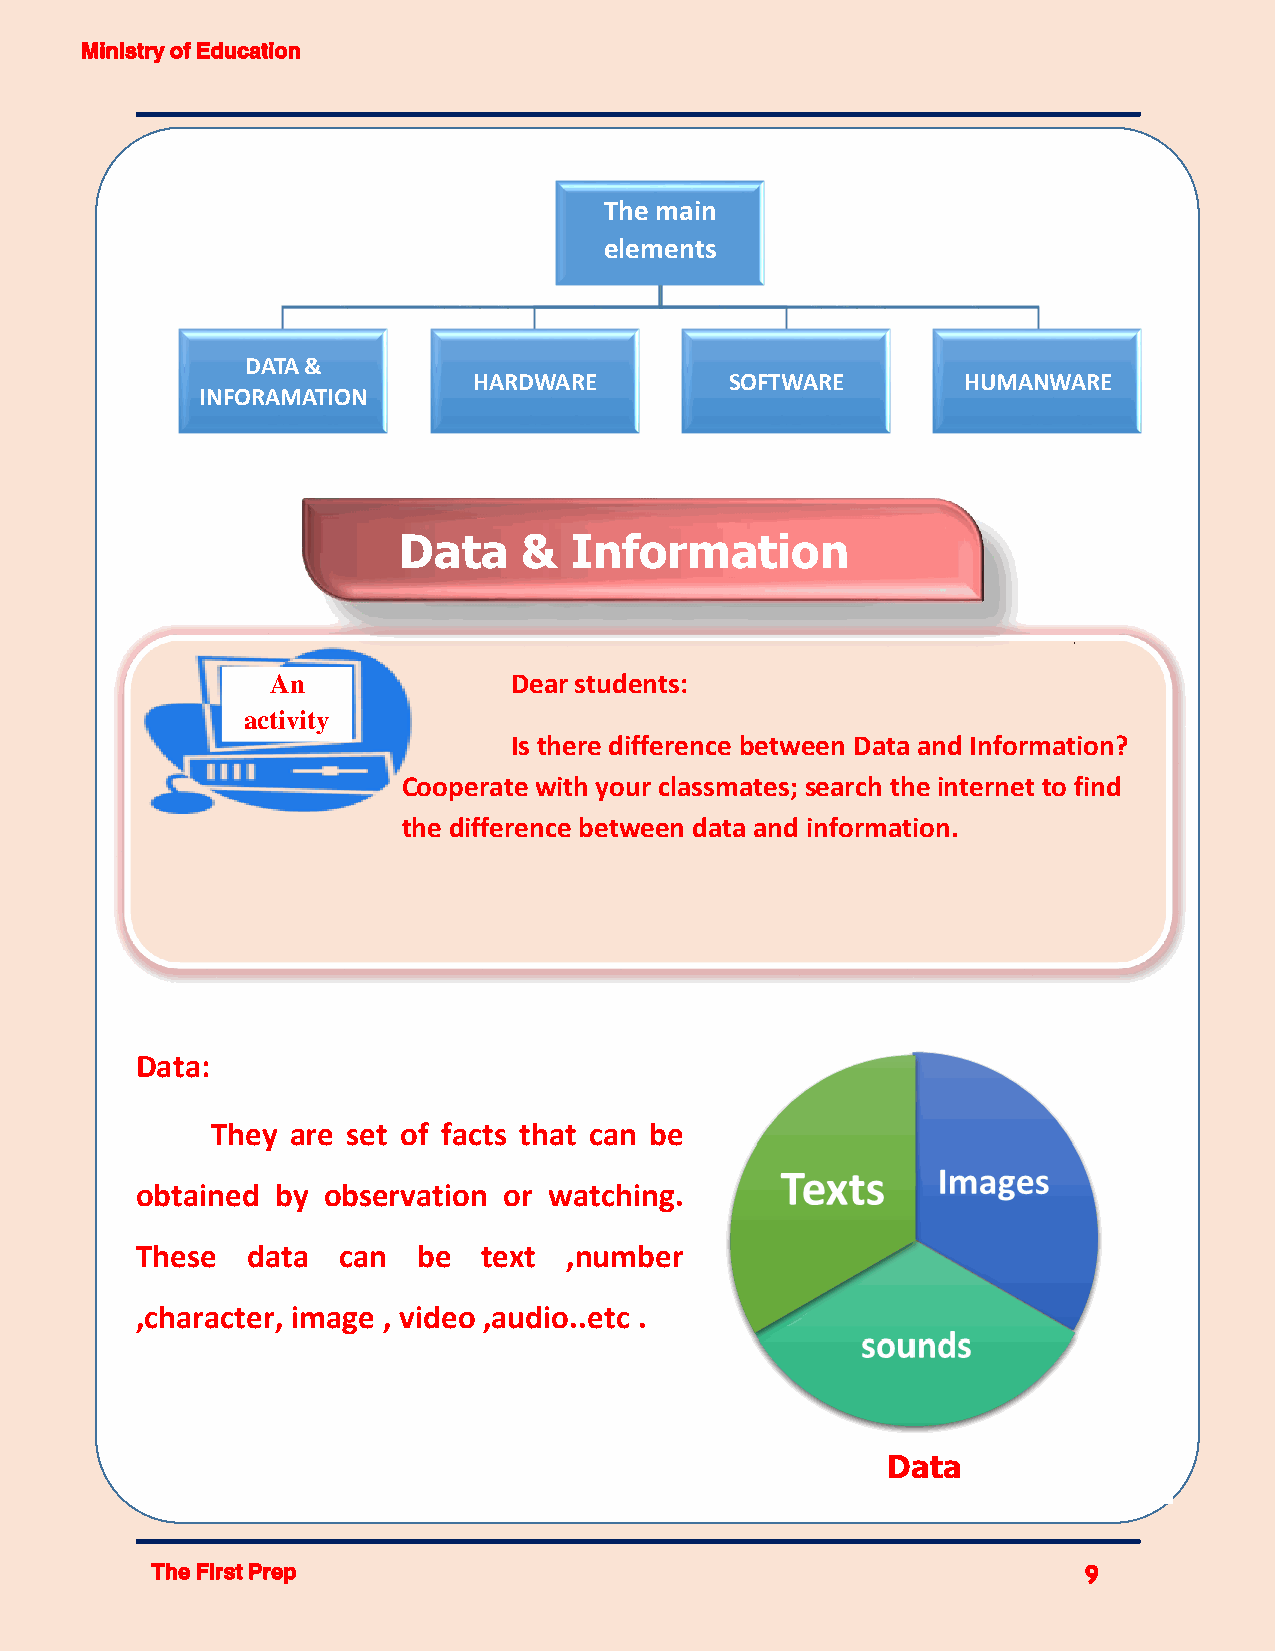
Ministry of Education
 The main
 elements
 DATA &
 HARDWARE         SOFTWARE        HUMANWARE
 INFORAMATION
 Data     &  Information
 ج
 A n             Dear students:
 activity
 Is there difference between Data and Information?
 (2)
 Cooperate with your classmates; search the internet to find
 the difference between data and information.
 Data:
 They are set of facts that can be
 obtained by observation or watching.
 These  data  can   be  text ,number
 ,character, image , video ,audio..etc .
 Data
 The First Prep                                                9